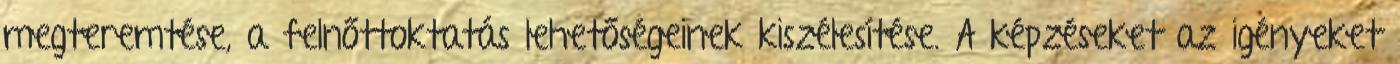
megteremtése, a felnőttoktatás lehetőségeinek kiszélesítése. A képzéseket az igényeket